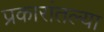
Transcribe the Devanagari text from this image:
प्रकारांतल्या